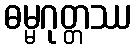
ဓမ္မဂုတ္တဿ